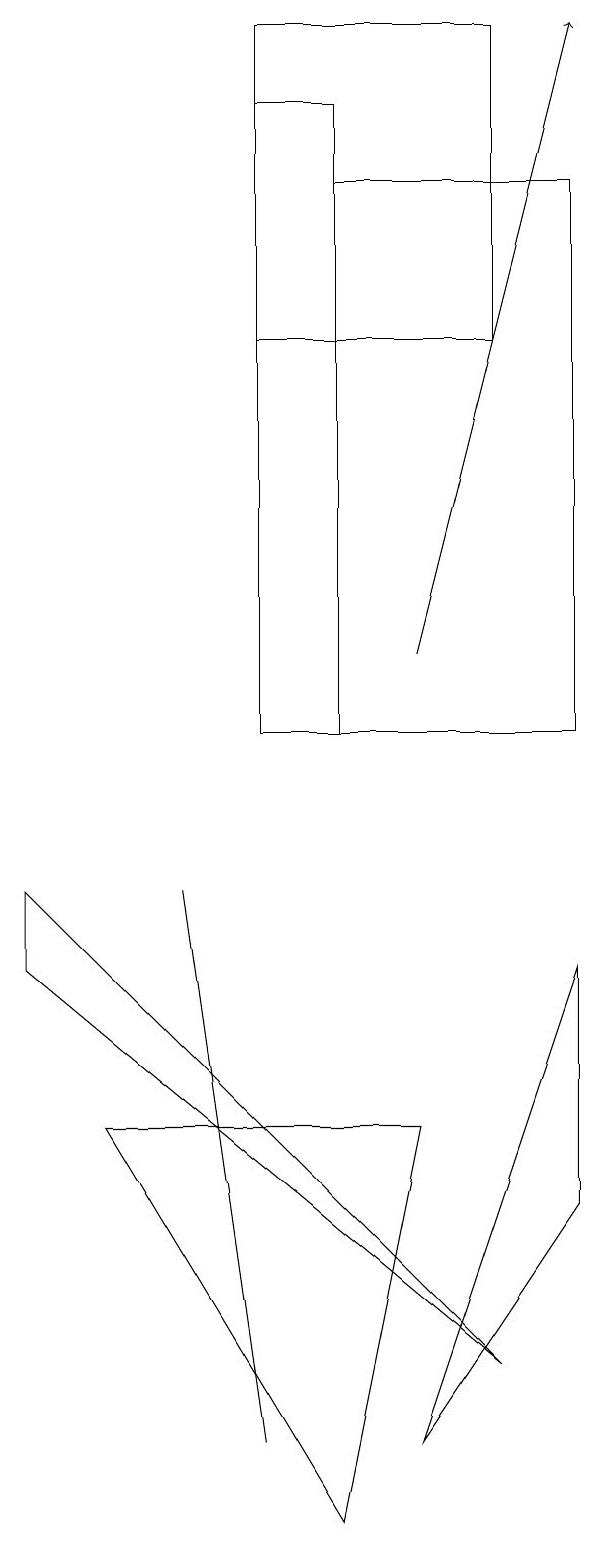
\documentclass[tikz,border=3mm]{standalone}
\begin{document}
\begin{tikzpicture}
\draw (5,1) -- (4,8) -- (4,8) -- cycle;
\draw (8,15) rectangle (5,19);
\draw (3,5) -- (6,0) -- (7,5) -- cycle;
\draw[->] (7,11) -- (9,19);
\draw (9,7) -- (7,1) -- (9,4) -- cycle;
\draw (9,17) rectangle (6,10);
\draw (6,10) rectangle (5,18);
\draw (8,2) -- (2,8) -- (2,7) -- cycle;
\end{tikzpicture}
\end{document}